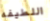
اللطيفه